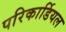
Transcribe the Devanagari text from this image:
परिकार्डियल